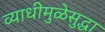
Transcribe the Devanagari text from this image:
व्याधीमुळेसुद्धा